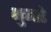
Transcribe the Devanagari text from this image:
भुजाडे